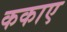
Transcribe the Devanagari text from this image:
ककाए